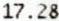
17.28